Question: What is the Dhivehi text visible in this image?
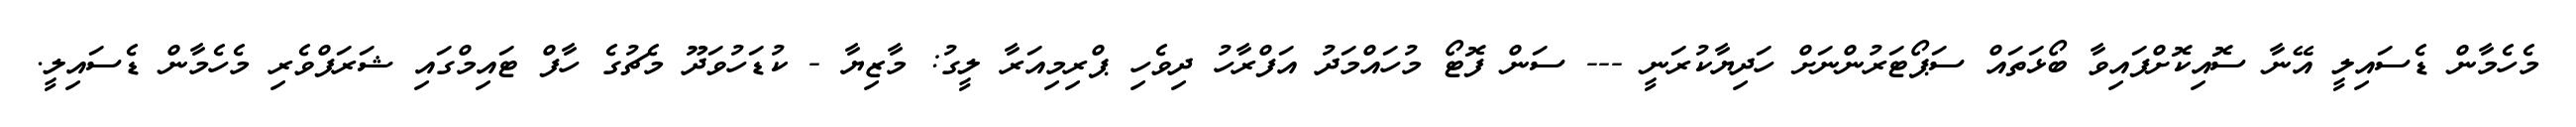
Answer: މެހެމާން ޑެސައިލީ އޭނާ ސޮއިކޮށްފައިވާ ބޯޅަތައް ސަޕޯޓަރުންނަށް ހަދިޔާކުރަނީ --- ސަން ފޮޓޯ މުހައްމަދު އަފްރާހު ދިވެހި ޕްރިމިއަރާ ލީގު: މާޒިޔާ - ކުޑަހުވަދޫ މެޗުގެ ހާފް ޓައިމްގައި ޝަރަފްވެރި މެހެމާން ޑެސައިލީ.